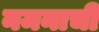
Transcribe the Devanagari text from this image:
नमनाची